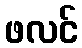
ဖလင်